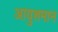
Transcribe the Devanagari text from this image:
आयुशमान